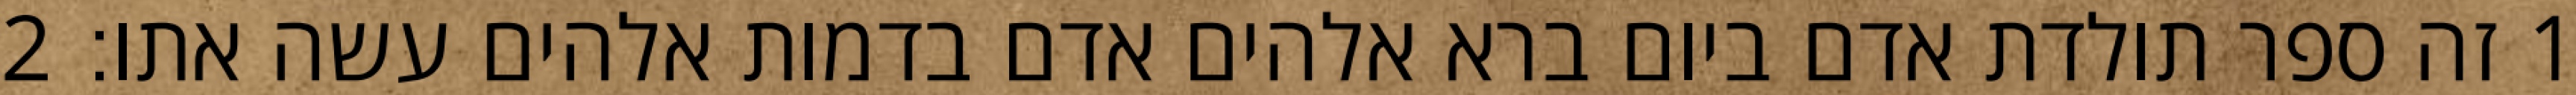
1 זה ספר תולדת אדם ביום ברא אלהים אדם בדמות אלהים עשה אתו׃ ‎2‏